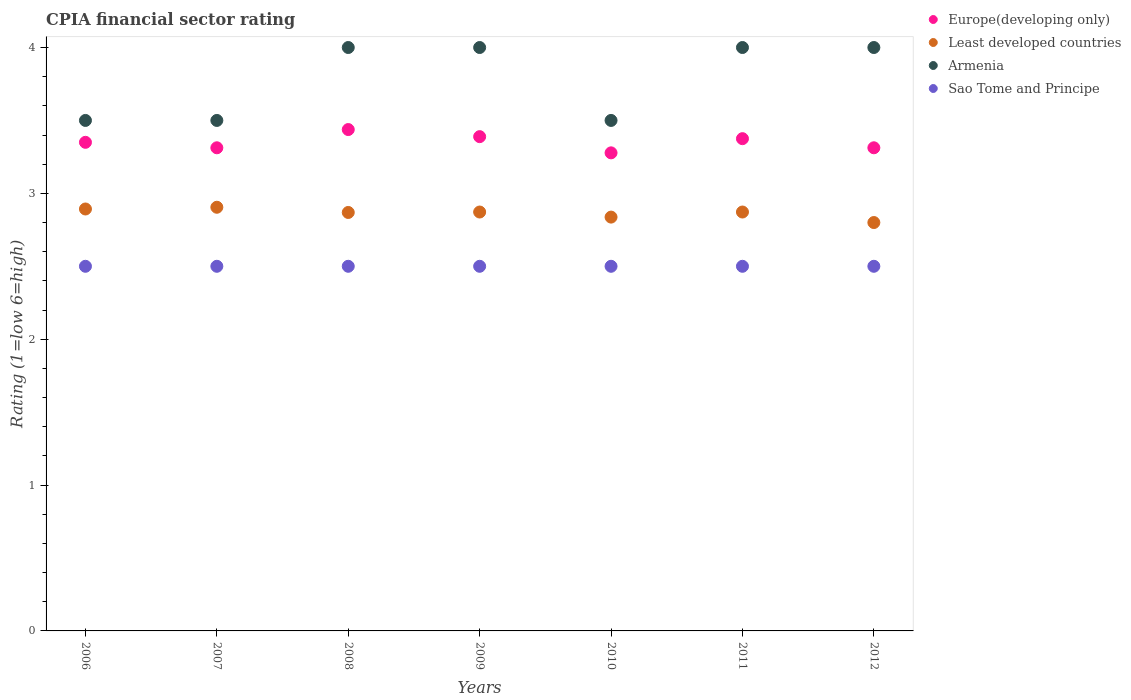
| Years | Europe(developing only) | Least developed countries | Armenia | Sao Tome and Principe |
 | --- | --- | --- | --- | --- |
 | 2006 | 3.35 | 2.89 | 3.5 | 2.5 |
 | 2007 | 3.31 | 2.9 | 3.5 | 2.5 |
 | 2008 | 3.44 | 2.87 | 4 | 2.5 |
 | 2009 | 3.39 | 2.87 | 4 | 2.5 |
 | 2010 | 3.28 | 2.84 | 3.5 | 2.5 |
 | 2011 | 3.38 | 2.87 | 4 | 2.5 |
 | 2012 | 3.31 | 2.8 | 4 | 2.5 |